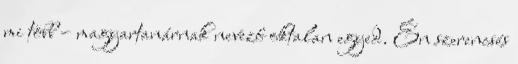
mi több – magyartanárnak nevező oktalan egyed. Én szerencsés